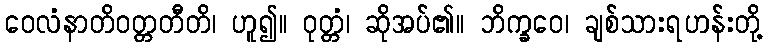
ဝေလံနာတိဝတ္တတီတိ၊ ဟူ၍။ ဝုတ္တံ၊ ဆိုအပ်၏။ ဘိက္ခဝေ၊ ချစ်သားရဟန်းတို့